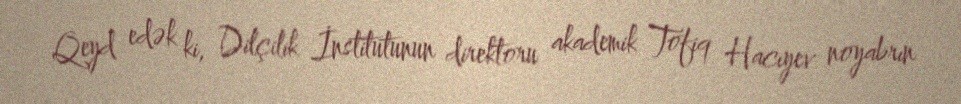
Qeyd edək ki, Dilçilik İnstitutunun direktoru akademik Tofiq Hacıyev noyabrın